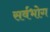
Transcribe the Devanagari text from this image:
सर्वभोग